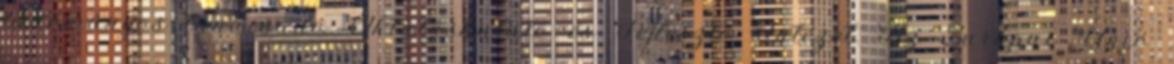
tudományos tanácsadó Oktatáskutató és Fejlesztő Intézet. Az Európai Unió